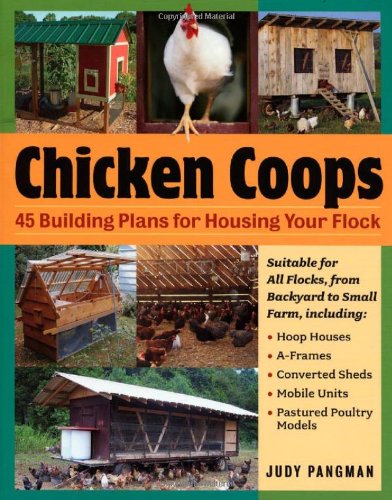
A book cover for Chicken Coops: 45 Building Ideas for Housing Your Flock; Judy Pangman; Crafts, Hobbies & Home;